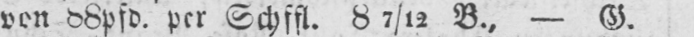
von 88pfd. per Schffl. 87/12 B., - G.